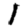
Digit: 1